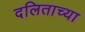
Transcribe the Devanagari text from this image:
दलिताच्या